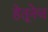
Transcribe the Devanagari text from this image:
हेतूनेच